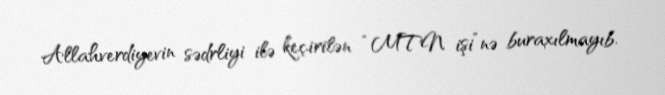
Allahverdiyevin sədrliyi ilə keçirilən “MTN işi”nə buraxılmayıb.